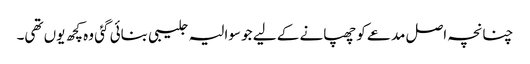
چنانچہ اصل مدعے کو چھپانے کے لیے جو سوالیہ جلیبی بنائی گئی وہ کچھ یوں تھی۔